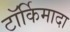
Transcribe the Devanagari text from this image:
टॉर्किमादा